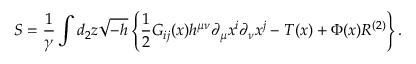
{ \cal S } = \frac { 1 } { \gamma } \int d _ { 2 } z \sqrt { - h } \left\{ { \frac { 1 } { 2 } } G _ { i j } ( x ) h ^ { \mu \nu } \partial _ { \mu } x ^ { i } \partial _ { \nu } x ^ { j } - T ( x ) + \Phi ( x ) R ^ { ( 2 ) } \right\} .